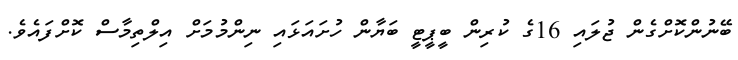
ބޭނުންކޮށްގެން ޖުލައި 16ގެ ކުރިން ބީޕީޓީ ބަޔާން ހުށައަޅައި ނިންމުމަށް އިލްތިމާސް ކޮށްފައެވެ.